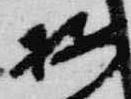
按